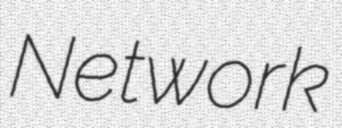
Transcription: Network